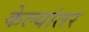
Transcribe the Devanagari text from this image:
केल्यांतर